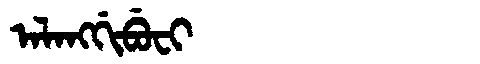
Manchu: ᠠᠯᠠᠩᡤᡳᠪᡠᠸᡳ
Romanization: ALANGGIBUFI